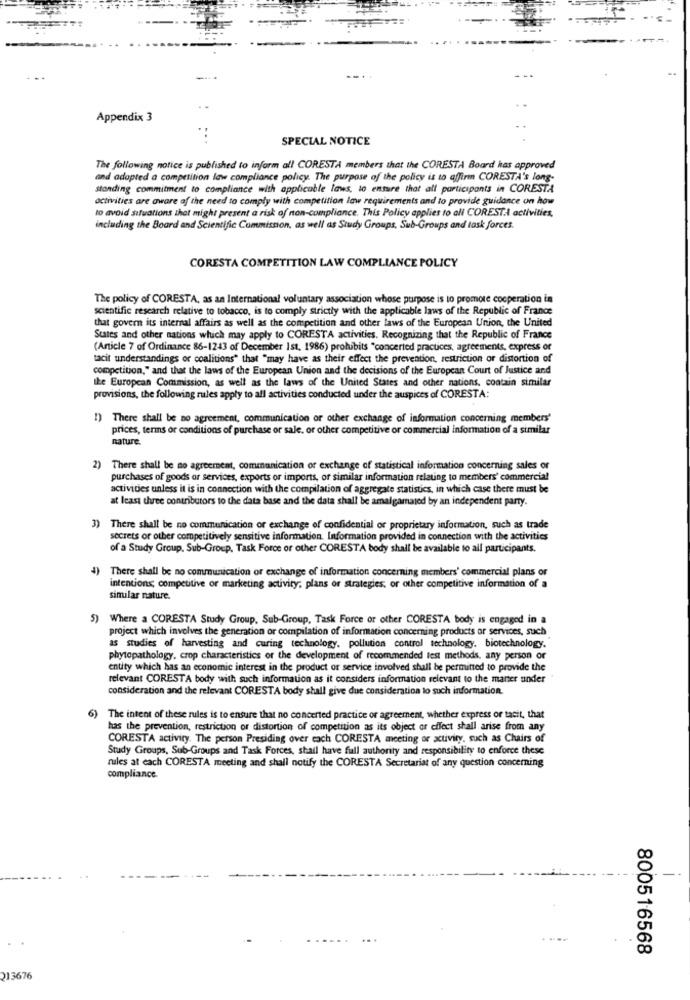
--.
Appendix 3
SPECIAL NOTICE
The following notice is published to inform all CORESTA members that the CORESTA Board has approved
and adopted a competition law compliance policy. The purpose of the policy is to affirm CORESTA's long-
standing commitment to compliance with applicable laws, to ensure that all participants in CORESTA
activities are aware of the need to comply with competition law requirements and to provide guidance on how
to avoid situations that might present a risk of non-compliance. This Policy applies to al CORESTA activities,
including the Board and Scientific Commission, as well as Study Groups, Sub-Groups and task forces.
CORESTA COMPETITION LAW COMPLIANCE POLICY
The policy of CORESTA, as an International voluntary association whose purpose is to promote cooperation in
scientific research relative to tobacco, is to comply strictly with the applicable laws of the Republic of France
that govern its internal affairs as well as the competition and other laws of the European Union, the United
States and other nations which may apply to CORESTA activities. Recognizing that the Republic of France
(Article 7 of Ordinance 86-1243 of December 1st, 1986) prohibits "concerted practices, agreements, express or
tacit understandings or coalitions" that "may have as their effect the prevention, restriction or distortion of
competition," and that the laws of the European Union and the decisions of the European Court of Justice and
Ike European Commission, as well as the laws of the United States and other nations, contain similar
provisions, the following rules apply to all activities conducted under the auspices of CORESTA:
1) There shall be no agreement, communication or other exchange of information concerning members'
prices, terms or conditions of purchase or sale, or other competitive or commercial information of a similar
nature.
2) There shall be no agreement, communication or exchange of statistical information concerning sales or
purchases of goods or services, exports or imports, or similar information relating to members' commercial
activities unless it is in connection with the compilation of aggregate statistics, in which case there must be
at least three contributors to the data base and the data shall be amalgamated by an independent party.
3) There shall be no communication or exchange of confidential or proprietary information, such as trade
secrets or other competitively sensitive information. Information provided in connection with the activities
of a Study Group, Sub-Groep, Task Force or other CORESTA body shall be available to all participants.
4) There shall be no communication or exchange of information concerning members' commercial plans or
intentions; competitive or marketing activity; plans or strategies, or other competitive information of a
similar nature.
5) Where a CORESTA Study Group, Sub-Group, Task Force or other CORESTA body is engaged in a
project which involves the generation or compilation of information concerning products or services, such
as studies of harvesting and curing technology, pollution control technology. biotechnology.
phytopathology, crop characteristics of the development of recommended lest methods, any person or
entity which has an economic interest in the product or service involved shall be permitted to provide the
relevant CORESTA body with such information as it considers information relevant to the maner under
consideration and the relevant CORESTA body shall give due consideration to such information.
6) The intent of these rules is to ensure that no concerted practice or agreement, whether express or tacit, that
has the prevention, restriction or distortion of competition as its object or effect shall arise from any
CORESTA activity. The person Presiding over each CORESTA meeting or activity, such as Chairs of
Study Groups, Sub-Groups and Task Forces, shall have full authority and responsibility to enforce these
rules at each CORESTA meeting and shall notify the CORESTA Secretariat of any question concerning
compliance.
800516568
213676